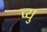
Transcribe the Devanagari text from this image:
व्यु